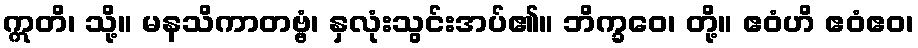
ဣတိ၊ သို့။ မနသိကာတဗ္ဗံ၊ နှလုံးသွင်းအပ်၏။ ဘိက္ခဝေ၊ တို့။ ဧဝံဟိ ဧဝံဧဝ၊